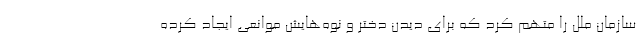
سازمان ملل را متهم کرد که برای دیدن دختر و نوه‌هایش موانعی ایجاد کرده